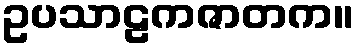
ဥပသာဠကဇာတက။